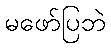
မဖော်ပြဘဲ